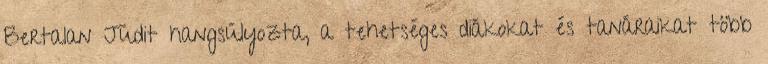
Bertalan Judit hangsúlyozta, a tehetséges diákokat és tanáraikat több